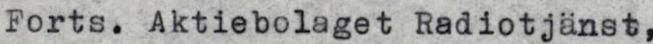
Forts. Aktiebolaget Radiotjänst,